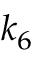
k _ { 6 }